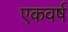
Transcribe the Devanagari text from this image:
एकवर्ष